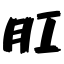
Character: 肛